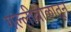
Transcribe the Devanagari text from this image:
गल्लीबोळातून